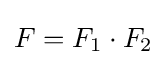
F=F_{1}\cdot F_{2}